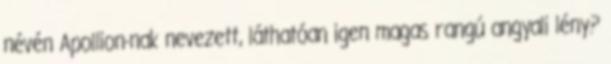
névén Apollion-nak nevezett, láthatóan igen magas rangú angyali lény?